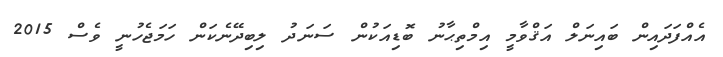
އެއްފަދައިން ބައިނަލް އަޤްވާމީ އިމްތިޙާނު ބޮޑިއަކުން ސަނަދު ލިބިދޭނެކަން ހަމަޖެހުނީ ވެސް 2015